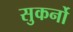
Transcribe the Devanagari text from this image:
सुकर्नो